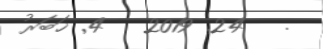
.   24